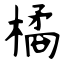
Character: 橘